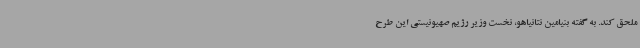
ملحق کند. به گفته بنیامین نتانیاهو، نخست وزیر رژیم صهیونیستی این طرح